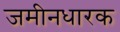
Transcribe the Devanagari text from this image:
जमीनधारक